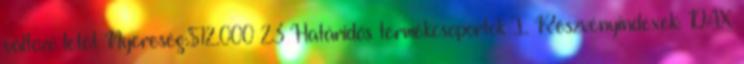
változó letét Nyereség:$12.000 23 Határidős termékcsoportok I. Részvényindexek: DAX